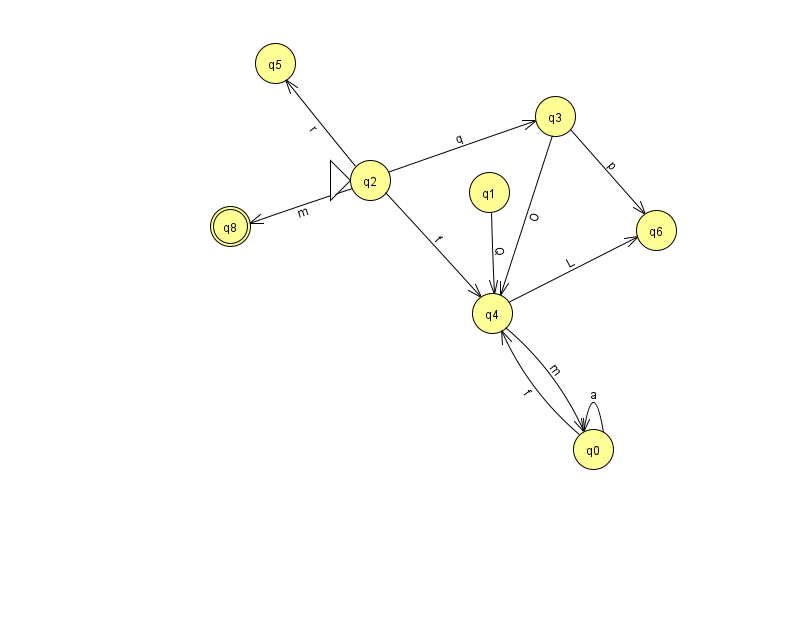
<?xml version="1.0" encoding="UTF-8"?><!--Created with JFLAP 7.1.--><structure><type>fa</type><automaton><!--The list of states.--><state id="0" name="q0"><x>593.0</x><y>436.0</y></state><state id="1" name="q1"><x>489.0</x><y>179.0</y></state><state id="2" name="q2"><x>370.0</x><y>167.0</y><initial/></state><state id="3" name="q3"><x>555.0</x><y>103.0</y></state><state id="4" name="q4"><x>492.0</x><y>300.0</y></state><state id="5" name="q5"><x>275.0</x><y>50.0</y></state><state id="6" name="q6"><x>656.0</x><y>217.0</y></state><state id="8" name="q8"><x>230.0</x><y>213.0</y><final/></state><!--The list of transitions.--><transition><from>2</from><to>5</to><read>r</read></transition><transition><from>2</from><to>8</to><read>m</read></transition><transition><from>0</from><to>0</to><read>a</read></transition><transition><from>0</from><to>4</to><read>f</read></transition><transition><from>3</from><to>6</to><read>p</read></transition><transition><from>1</from><to>4</to><read>Q</read></transition><transition><from>4</from><to>6</to><read>L</read></transition><transition><from>3</from><to>4</to><read>O</read></transition><transition><from>2</from><to>3</to><read>q</read></transition><transition><from>4</from><to>0</to><read>m</read></transition><transition><from>2</from><to>4</to><read>f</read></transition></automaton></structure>